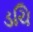
ડચિ